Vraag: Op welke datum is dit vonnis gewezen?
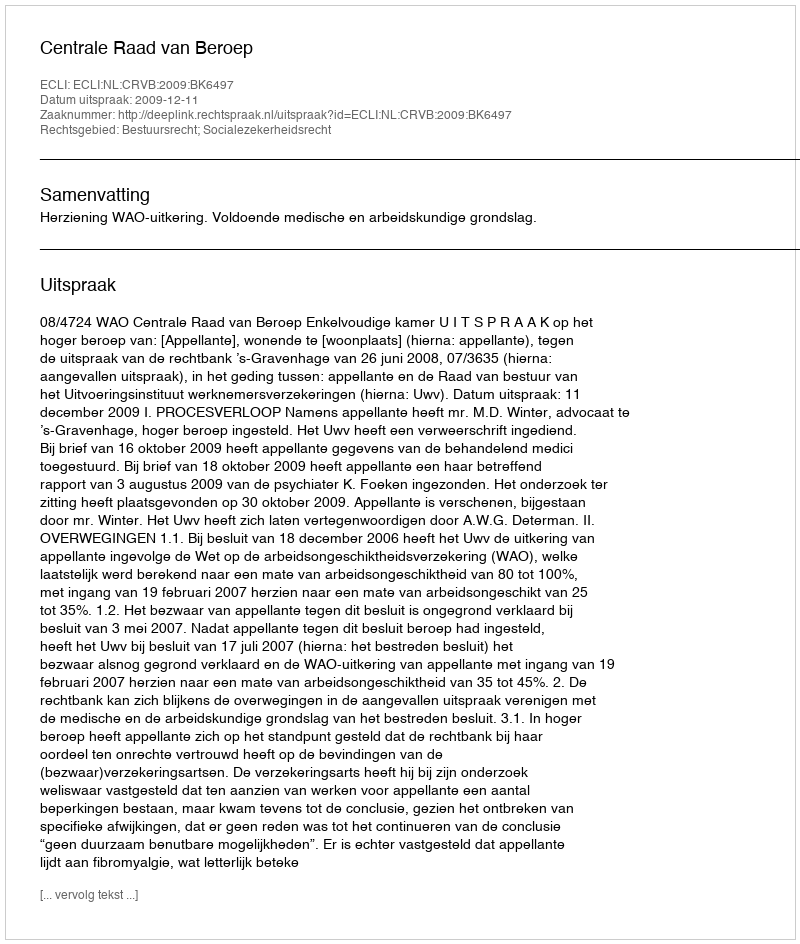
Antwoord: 2009-12-11